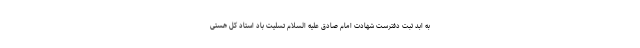
به ابد ثبت دفترست شهادت امام صادق علیه السلام تسلیت باد استاد کل هستى